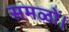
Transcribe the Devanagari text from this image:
समळों।